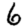
Digit: 6